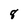
Character: 8